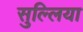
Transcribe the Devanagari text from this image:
सुल्लिया